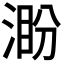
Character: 𣸜